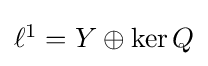
\textstyle \ell ^{1}=Y\oplus \ker Q